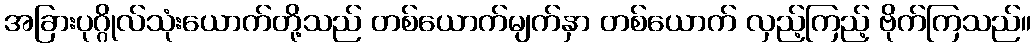
အခြားပုဂ္ဂိုလ်သုံးယောက်တို့သည် တစ်ယောက်မျက်နှာ တစ်ယောက် လှည့်ကြည့် ဗိုက်ကြသည်။